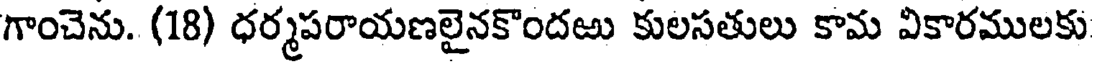
గాంచెను. (18) ధర్మపరాయణలైనకొందఱు కులసతులు కామ వికారములకు